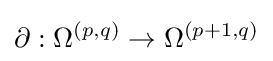
\partial :\Omega ^{(p,q)}\to \Omega ^{(p+1,q)}